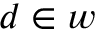
d \in w